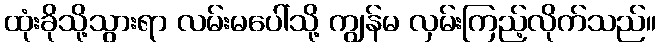
ထုံးခိုသို့သွားရာ လမ်းမပေါ်သို့ ကျွန်မ လှမ်းကြည့်လိုက်သည်။